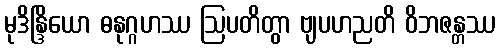
မုဒိန္ဒြိယော ဓနုဂ္ဂဟဿ ဩပတိတွာ ဗျပဟညတိ ဝိဘဇန္တဿ